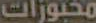
مخبوزات